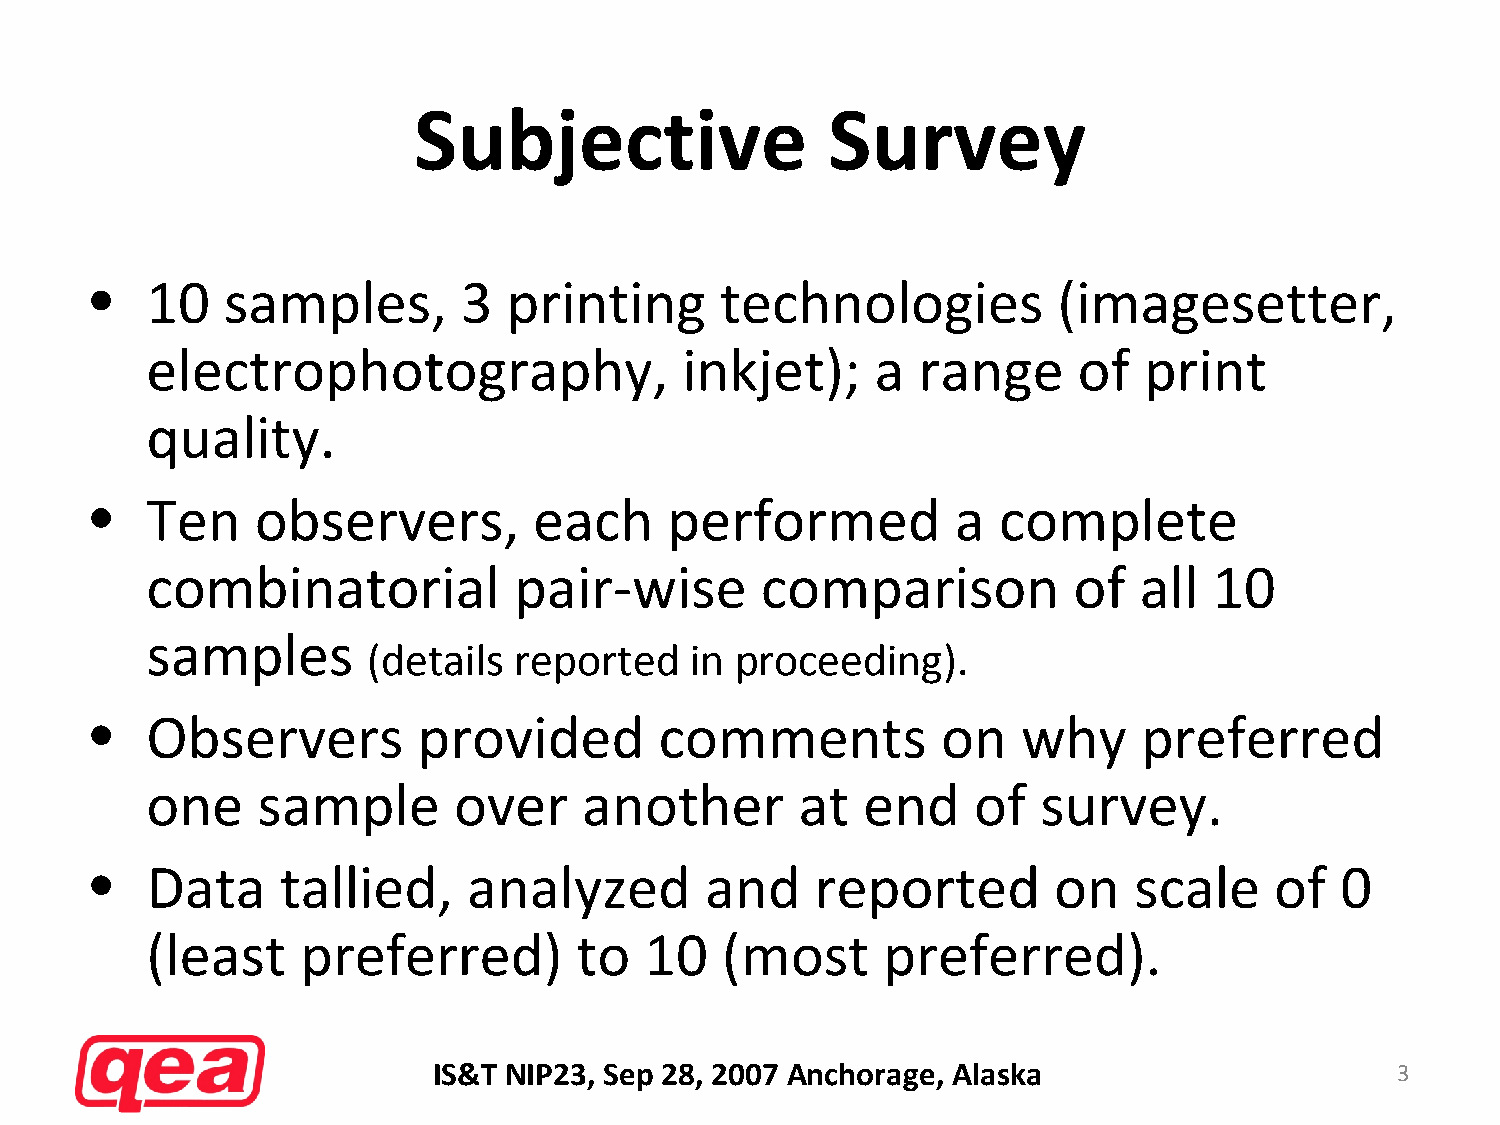
Subjective                  Survey
 •   10   samples,       3   printing      technologies          (imagesetter,
 electrophotography,                inkjet);     a  range     of   print
 quality.
 •   Ten    observers,        each     performed          a  complete
 combinatorial           pair‐wise       comparison           of  all  10
 samples
 (details  reported    in proceeding).
 •   Observers         provided        comments          on    why     preferred
 one    sample       over     another       at  end    of   survey.
 •   Data    tallied,     analyzed        and    reported        on   scale    of   0
 (least    preferred)        to   10   (most     preferred).
 IS&T NIP23, Sep 28, 2007 Anchorage, Alaska                     3